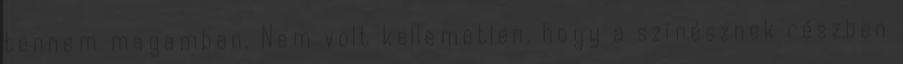
tennem magamban. Nem volt kellemetlen, hogy a színésznek részben